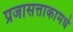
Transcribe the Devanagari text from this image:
प्रजासत्ताकामधे